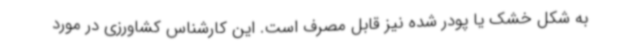
به شکل خشک یا پودر شده نیز قابل مصرف است. این کارشناس کشاورزی در مورد